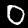
Digit: 0